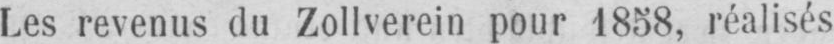
Les revenus du Zollverein pour 1858, réalisés